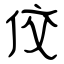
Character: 佼